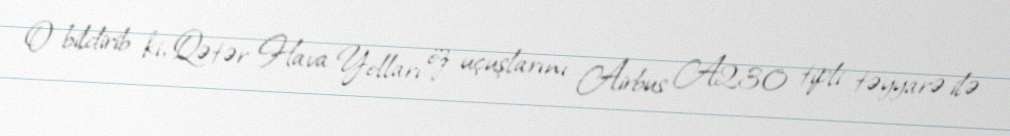
O bildirib ki, Qətər Hava Yolları öz uçuşlarını Airbus A230 tipli təyyarə ilə